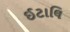
ઈટાલિ